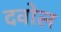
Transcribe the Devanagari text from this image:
दवोल